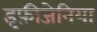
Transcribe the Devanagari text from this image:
इफ़ीजेनिया